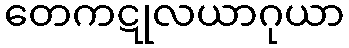
တေကဋုလယာဂုယာ